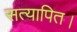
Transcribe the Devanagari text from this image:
सत्यापित।